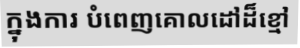
ក្នុងការ បំពេញគោលដៅដ៏ខ្មៅ